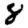
Digit: 8